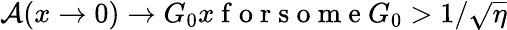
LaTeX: \mathcal{A}(x\rightarrow 0)\rightarrow G_{0}x\mathrm{~f~o~r~s~o~m~e~}G_{0}>1/\sqrt{\eta}